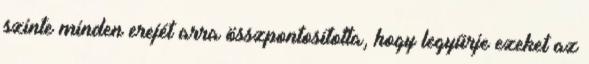
szinte minden erejét arra összpontosította, hogy legyűrje ezeket az